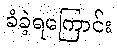
ခံခဲ့ရကြောင်း